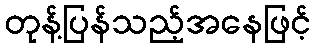
တုန့်ပြန်သည့်အနေဖြင့်